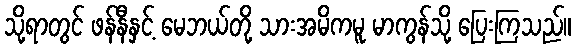
သို့ရာတွင် ဖန်နီနှင့် မေဘယ်တို့ သားအမိကမူ မာကွန်သို့ ပြေးကြသည်။